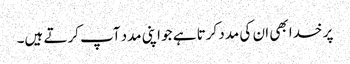
پر خدا بھی ان کی مدد کرتا ہے جو اپنی مدد آپ کرتے ہیں۔